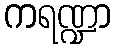
ကရဏ္ဍာ